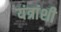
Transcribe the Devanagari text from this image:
यंत्रांशी